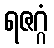
ရဇဂ္ဂံ